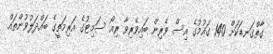
ގާތްގަނޑަކަށް 140 ގައުމުގެ އިސް ވެރިން ބައިވެރިވާ ރިއޯ ސަމިޓުގެ އަރިމަތީގެ ބައްދަލުވުންތައް